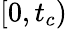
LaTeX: [0,t_{c})